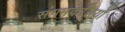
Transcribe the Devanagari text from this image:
संगमकेलियों